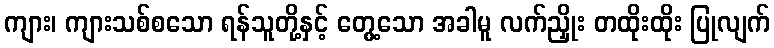
ကျား၊ ကျားသစ်စသော ရန်သူတို့နှင့် တွေ့သော အခါမူ လက်ညှိုး တထိုးထိုး ပြုလျက်